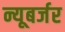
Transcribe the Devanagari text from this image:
न्यूबर्जर